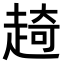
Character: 𧼘